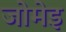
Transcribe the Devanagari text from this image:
जोमेइ